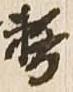
務